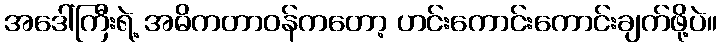
အဒေါ်ကြီးရဲ့ အဓိကတာဝန်ကတော့ ဟင်းကောင်းကောင်းချက်ဖို့ပဲ။